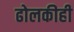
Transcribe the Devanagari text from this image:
ढोलकीही